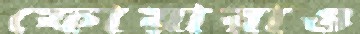
ফোয়ারাও